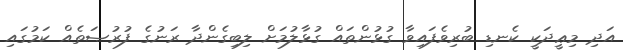
އަދި މިޢީދަކީ ކެނޑި ބުރިވެފައިވާ ގުޅުންތައް ގުޅާލުމަށް ލިބިގެންދާ ރަނުގެ ފުރުޞަތެއް ކަމުގައި